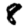
Digit: 8